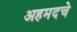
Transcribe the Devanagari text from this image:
अहमदचे